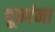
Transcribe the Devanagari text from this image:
चूकांना